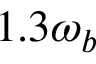
1 . 3 \omega _ { b }